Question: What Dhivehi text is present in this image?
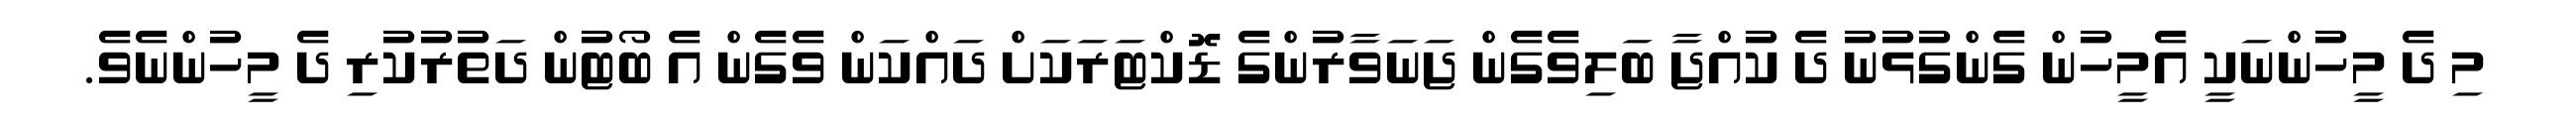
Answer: މި ދެ މީހުންނަކީ އެމީހުން ގެންގުޅުނު ދެ ކުއްޖާ ބަލިވެގެން ޖަނަވާރުންގެ ޑޮކްޓަރަކަށް ދައްކަން ވެގެން އެ ބޯޓުން ދަތުރުކުރި ދެ މީހުންނެވެ.